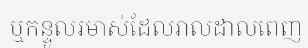
ឬកន្ទួលរមាស់ដែលរាលដាលពេញ